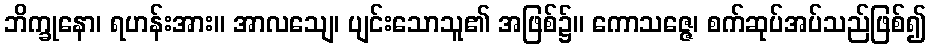
ဘိက္ခုနော၊ ရဟန်းအား။ အာလသျေ၊ ပျင်းသောသူ၏ အဖြစ်၌။ ကောသဇ္ဇေ၊ စက်ဆုပ်အပ်သည်ဖြစ်၍